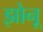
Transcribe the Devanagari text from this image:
झोनू